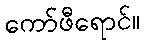
ကော်ဖီရောင်။